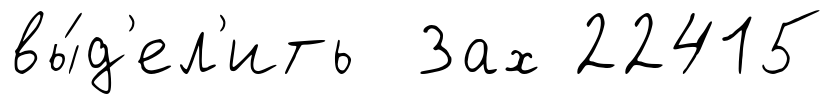
вы́д'ел'ить Зах 22415